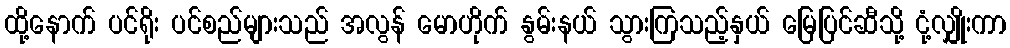
ထို့နောက် ပင်ရိုး ပင်စည်များသည် အလွန် မောဟိုက် နွမ်းနယ် သွားကြသည့်နှယ် မြေပြင်ဆီသို့ ငုံ့လျှိုးကာ